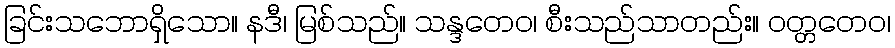
ခြင်းသဘောရှိသော။ နဒီ၊ မြစ်သည်။ သန္ဒတေဝ၊ စီးသည်သာတည်း။ ဝတ္တတေဝ၊